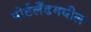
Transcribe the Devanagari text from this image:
पोर्टलँडमधील